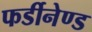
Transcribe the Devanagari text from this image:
फर्डीनेण्ड